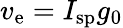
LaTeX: v_{\mathrm{e}}=I_{\mathrm{sp}}g_{0}